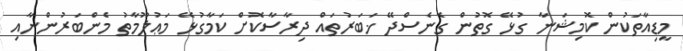
މީޑިއާތަކުން ކޮމިޝަނާ ގުޅޭ ގޮތުން ގެނެސްދޭ ޚަބަރުތައް ދިރާސާކޮށް ކަމާގުޅޭ މަޢުލޫމާތު މެންބަރުންނާއި